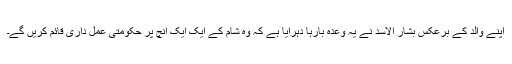
اپنے والد کے برعکس بشار الاسد نے یہ وعدہ بارہا دہرایا ہے کہ وہ شام کے ایک ایک انچ پر حکومتی عمل داری قائم کریں گے۔